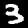
Label: 3